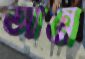
আন্নে